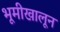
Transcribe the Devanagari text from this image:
भूमीखालून